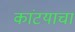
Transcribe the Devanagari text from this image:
कांटयाचा